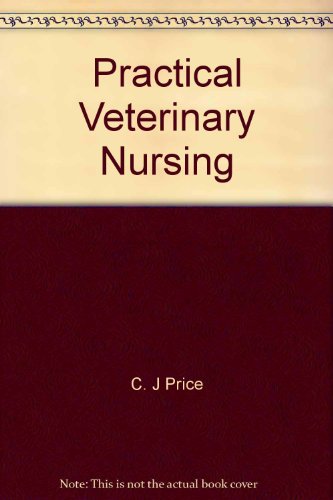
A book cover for Practical Veterinary Nursing; Medical Books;